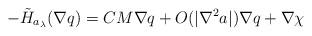
LaTeX: \begin{align*}- \tilde H_{a_\lambda} (\nabla q) = CM \nabla q + O(|\nabla^2 a|) \nabla q + \nabla \chi\end{align*}